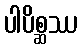
ပါပိစ္ဆဿ